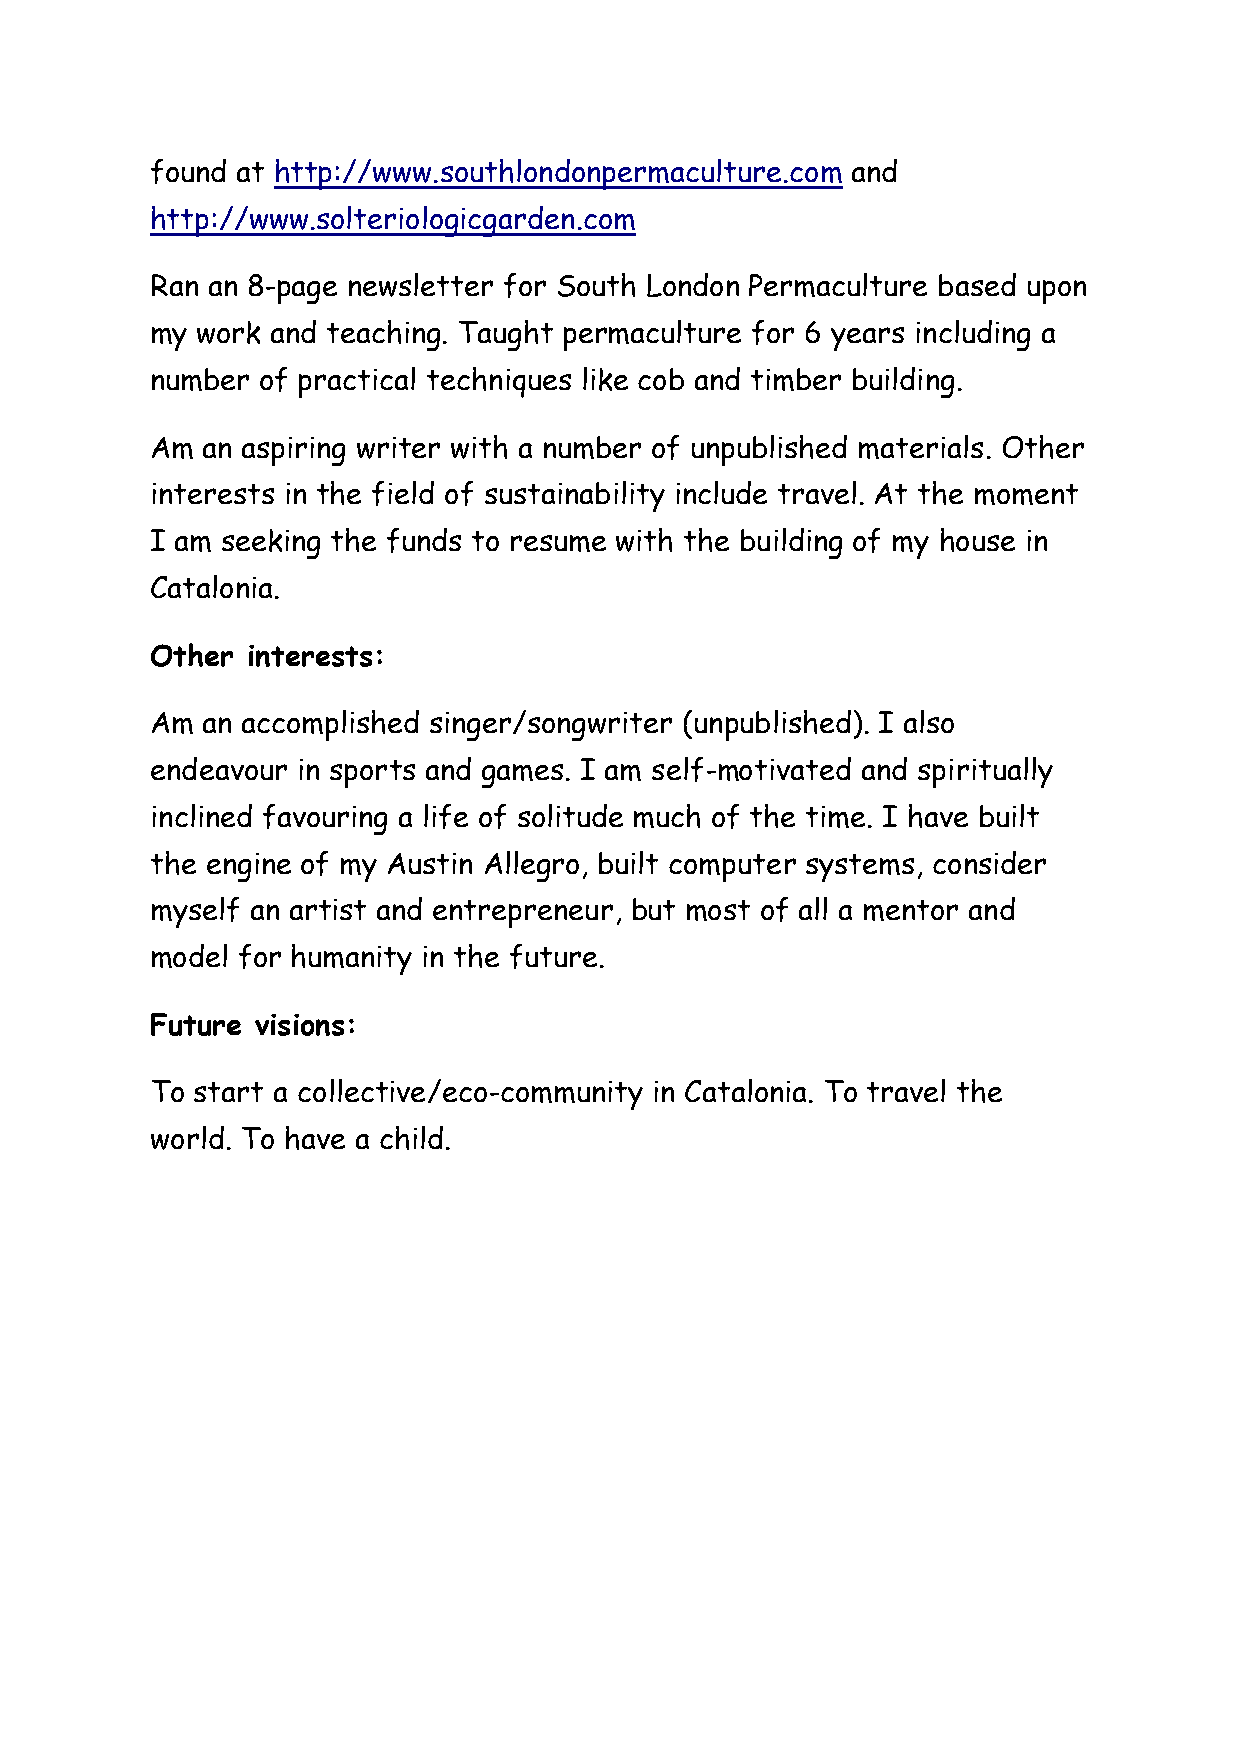
found at http://www.southlondonpermaculture.com and
 http://www.solteriologicgarden.com
 Ran an 8-page newsletter for South London Permaculture based upon
 my work and teaching. Taught permaculture for 6 years including a
 number of practical techniques like cob and timber building.
 Am an aspiring writer with a number of unpublished materials. Other
 interests in the field of sustainability include travel. At the moment
 I am seeking the funds to resume with the building of my house in
 Catalonia.
 Other interests:
 Am an accomplished singer/songwriter (unpublished). I also
 endeavour in sports and games. I am self-motivated and spiritually
 inclined favouring a life of solitude much of the time. I have built
 the engine of my Austin Allegro, built computer systems, consider
 myself an artist and entrepreneur, but most of all a mentor and
 model for humanity in the future.
 Future visions:
 To start a collective/eco-community in Catalonia. To travel the
 world. To have a child.